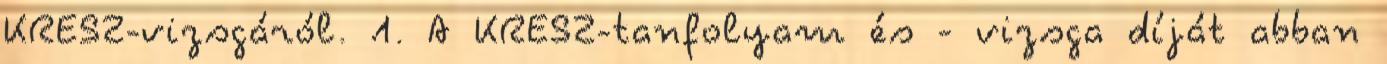
KRESZ-vizsgáról. 1. A KRESZ-tanfolyam és - vizsga díját abban